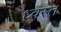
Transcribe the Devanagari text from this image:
ध्वस्‍त